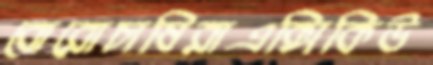
বোরোচাষিরাএক্সিকিউ